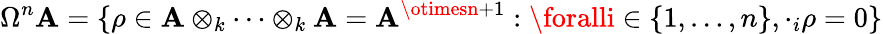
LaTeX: \Omega^{n}\mathbf{A}=\{ \rho\in\mathbf{A}\otimes_{k}\cdots\otimes_{k}\mathbf{A}=\mathbf{A}^{\otimesn+1}:\foralli\in\{ 1,\ldots,n\} ,\cdot_{i}\rho=0\}